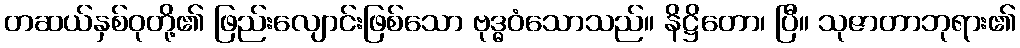
တဆယ်နှစ်ဝုတို့၏ ဖြည်းလျောင်းဖြစ်သော ဗုဒ္ဓဝံသောသည်။ နိဋ္ဌိတော၊ ပြီ။ သုဇာတာဘုရား၏